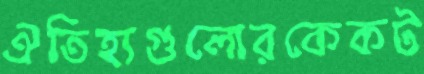
ঐতিহ্যগুলোরকেকট